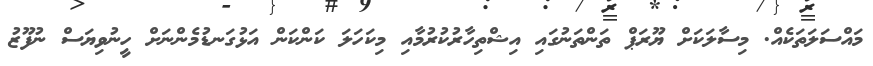
މައްސަލަތަކެއް. މިސާލަކަށް ޔޫރަޕް ތަންތަނުގައި އިޝްތިހާރުކުރުމާއި މިކަހަލަ ކަންކަން އަޅުގަނޑުމެންނަށް ހީނުވިޔަސް ނުފޫޒު